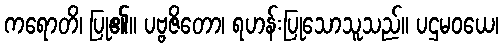
ကရောတိ၊ ပြု၏။ ပဗ္ဗဇိတော၊ ရဟန်းပြုသောသူသည်။ ပဌမဝယေ၊